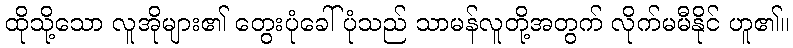
ထိုသို့သော လူအိုများ၏ တွေးပုံခေါ်ပုံသည် သာမန်လူတို့အတွက် လိုက်မမီနိုင် ဟူ၏။